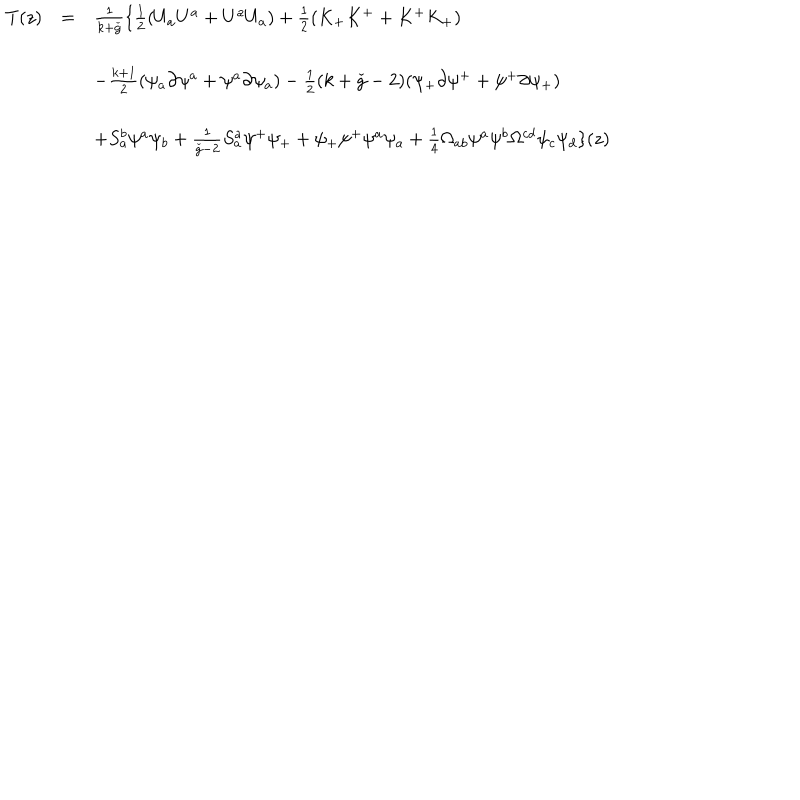
\begin{array} { l l l } { { T ( z ) } } & { { = } } & { { \frac { 1 } { k + \check { g } } \{ \frac { 1 } { 2 } ( U _ { a } U ^ { a } + U ^ { a } U _ { a } ) + \frac { 1 } { 2 } ( K _ { + } K ^ { + } + K ^ { + } K _ { + } ) } } \\ { { } } & { { } } & { { } } \\ { { } } & { { } } & { { - \frac { k + 1 } { 2 } ( \psi _ { a } \partial \psi ^ { a } + \psi ^ { a } \partial \psi _ { a } ) - \frac { 1 } { 2 } ( k + \check { g } - 2 ) ( \psi _ { + } \partial \psi ^ { + } + \psi ^ { + } \partial \psi _ { + } ) } } \\ { { } } & { { } } & { { } } \\ { { } } & { { } } & { { + S _ { a } ^ { b } \psi ^ { a } \psi _ { b } + \frac { 1 } { \check { g } - 2 } S _ { a } ^ { a } \psi ^ { + } \psi _ { + } + \psi _ { + } \psi ^ { + } \psi ^ { a } \psi _ { a } + \frac { 1 } { 4 } \Omega _ { a b } \psi ^ { a } \psi ^ { b } \Omega ^ { c d } \psi _ { c } \psi _ { d } \} ( z ) } } \\ \end{array}